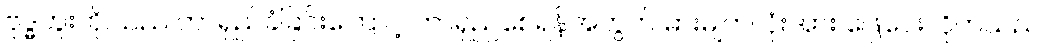
ဗုဒ္ဓဟူးတို.သည် တာရှည်ခံခြင်းကြောင့် တာရှည်စေရန်အတွက် ဓားမျက်လုံးအား ဖြေပေးလိုက်သည်